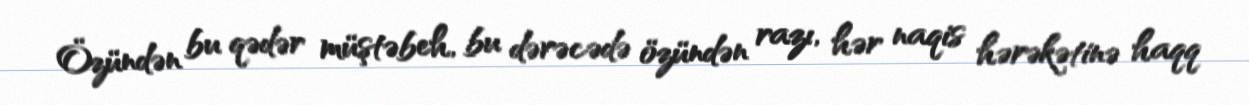
Özündən bu qədər müştəbeh, bu dərəcədə özündən razı, hər naqis hərəkətinə haqq